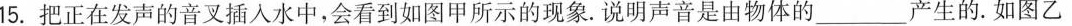
15. 把正在发声的音叉插入水中，会看到如图甲所示的现象。说明声音是由物体的 ___ 产生的 。如图乙